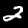
Digit: 2